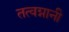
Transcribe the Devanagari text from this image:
तत्वग्नानी